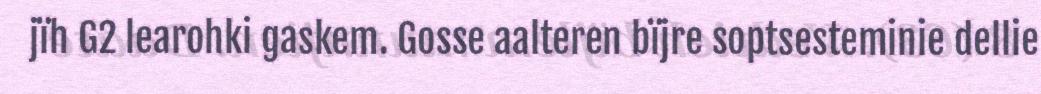
jïh G2 learohki gaskem. Gosse aalteren bïjre soptsesteminie dellie